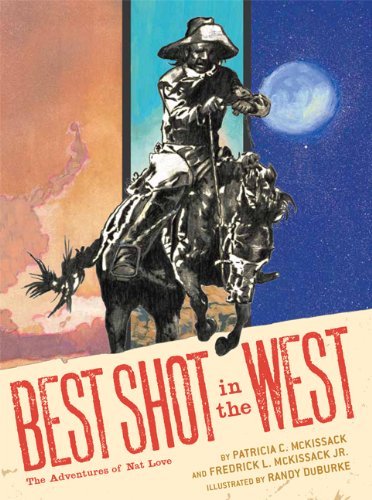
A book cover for Best Shot in the West: The Adventures of Nat Love; Patricia C. McKissack; Teen & Young Adult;